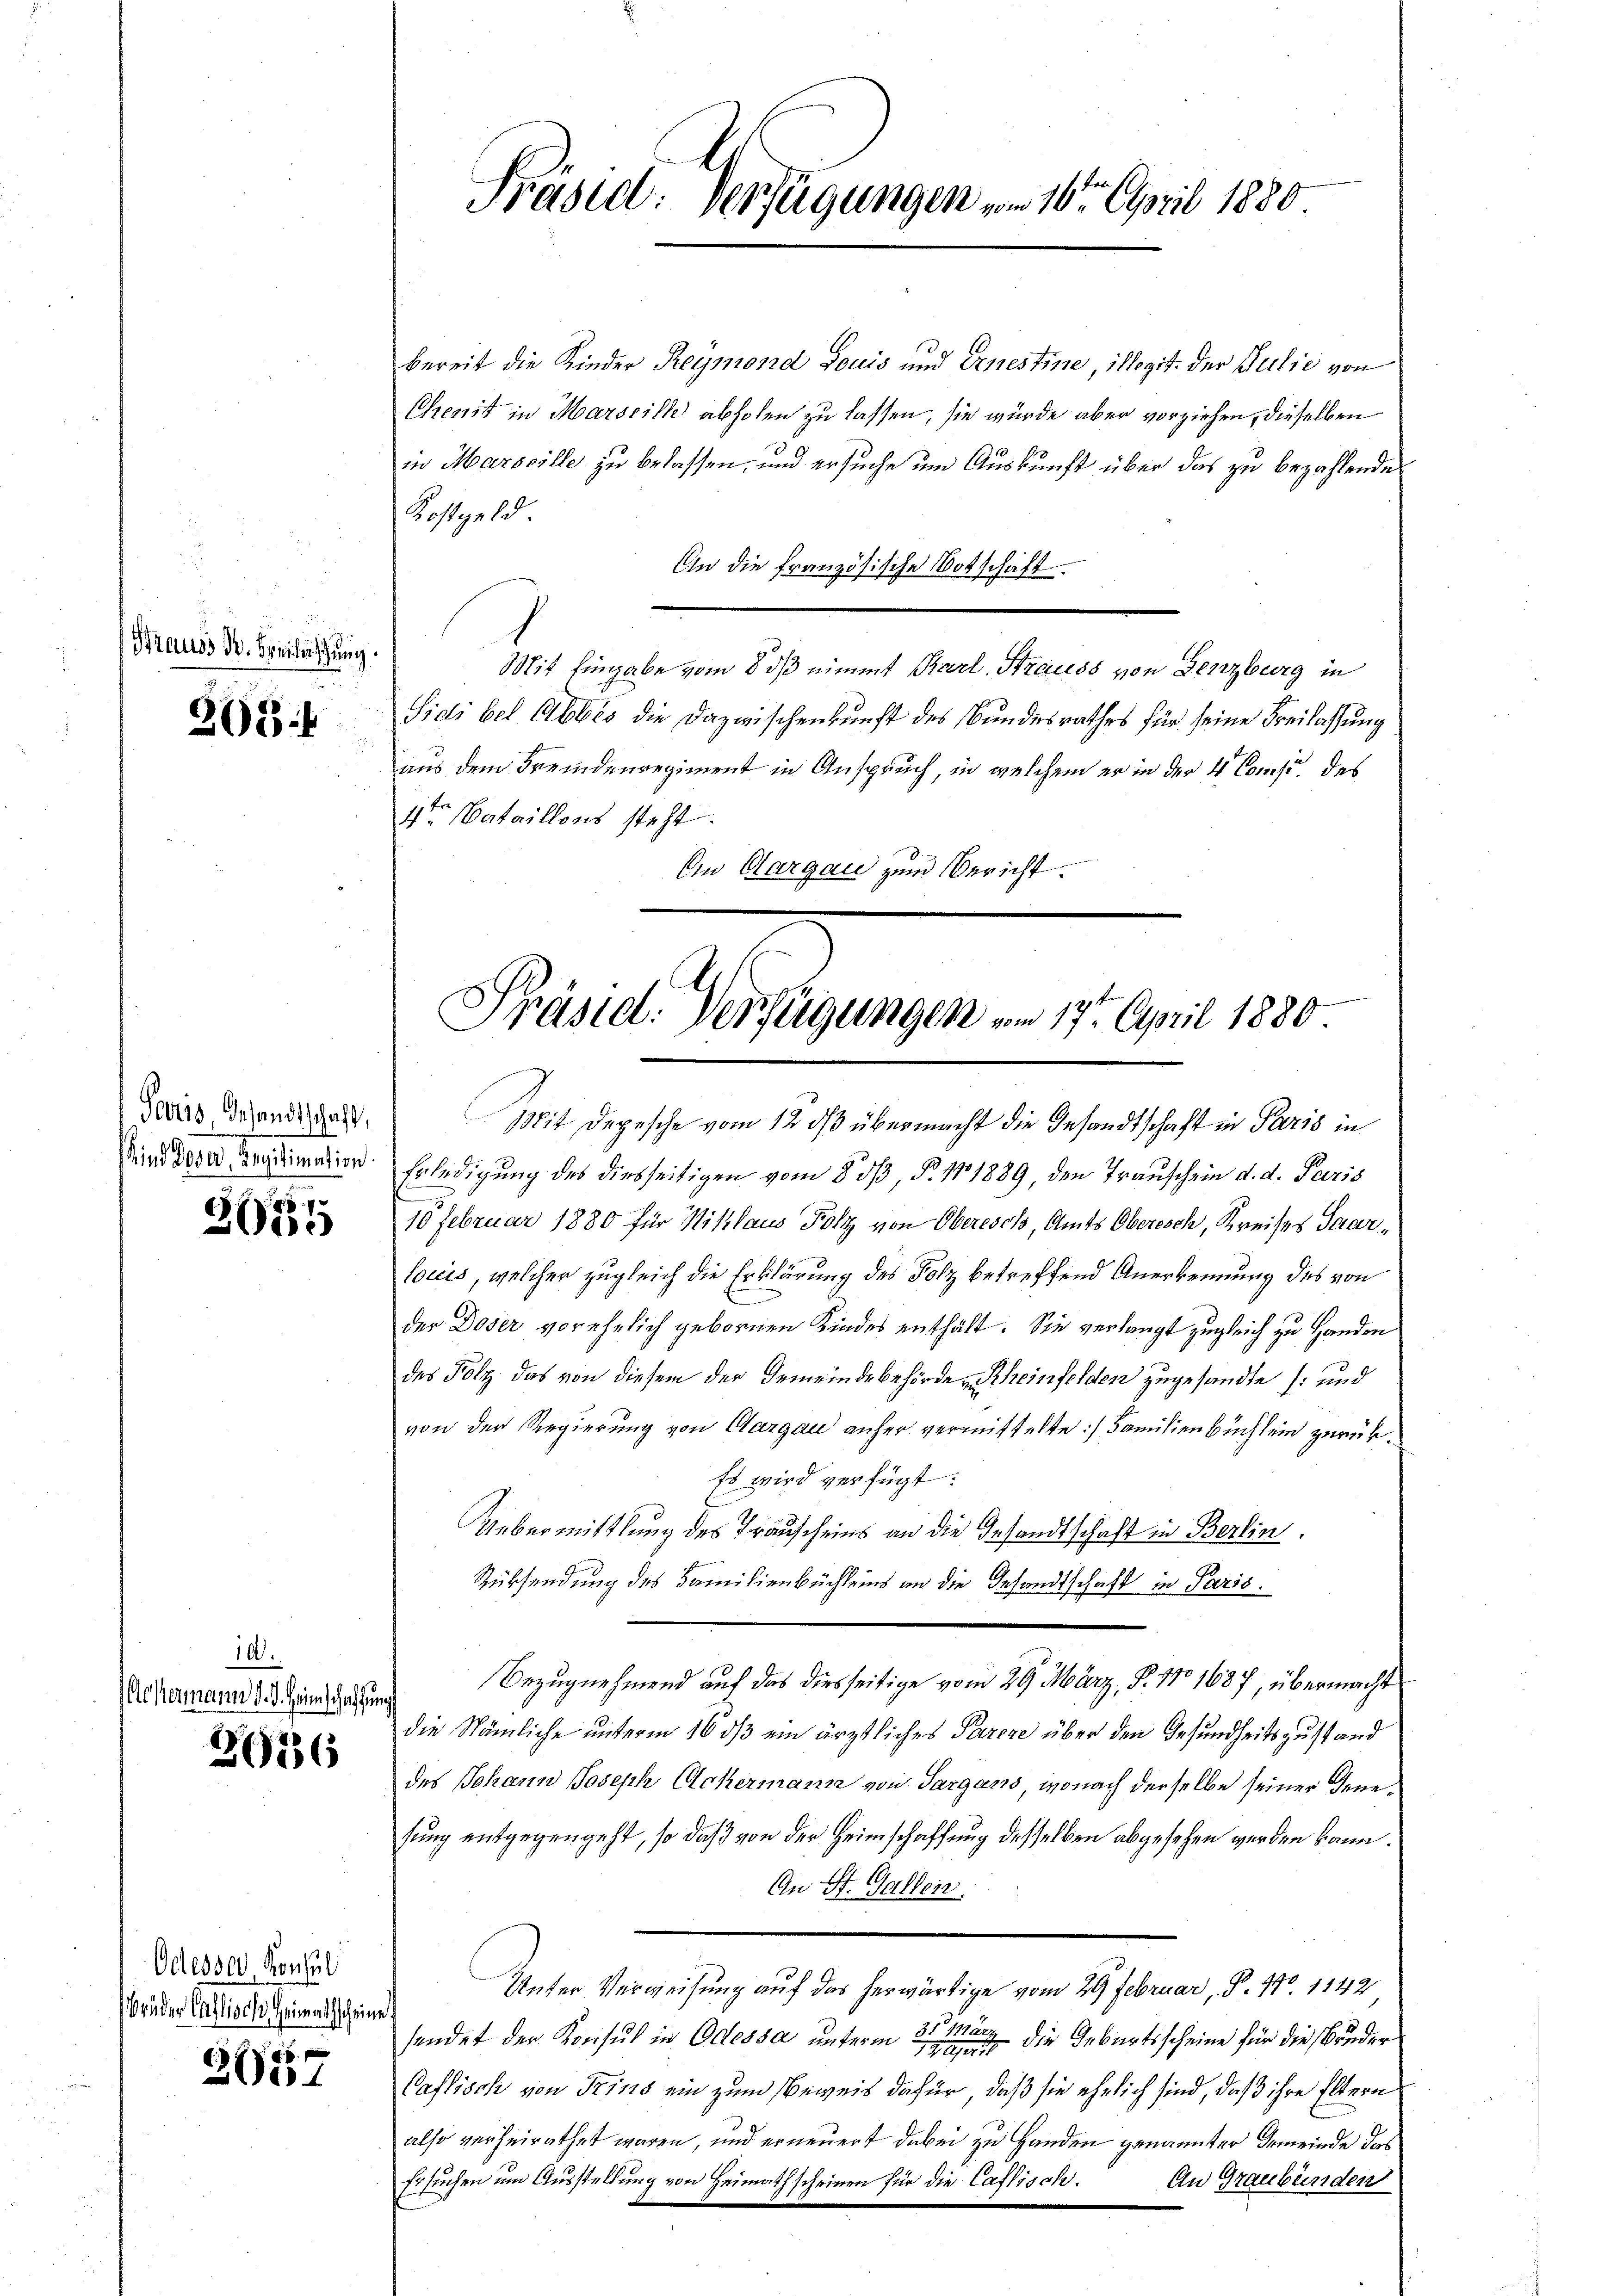
Krauss M. Breilastung

2084

nd Deser Teilemation.

2635

10.
chermann d. 3. Heinschaffung

2626

Odesser, Konsul
Brüder Cassisch, Heimathscheine

5
200

Präsid. Verfügungen vom 10. April 1880.

bereit die Kinder Reymond Louis und Ernestine, illegit. der Bulie von
Chenit in Marseille abholen zu lassen, sie würde aber vorziehen, dieselben
in Marseille zu belassen, und ersuche um Auskunft über das zu bezahlende
Kostgeld
An die französische Botschaft.
Mit Eingabe vom 8. ds nimmt Karl. Strauss von Lenzburg in
n
Sidi bei Abbes die Dazwischenkunft des Bundesrathes für seine Freilassung
aus dem Fremdenregiment in Anspruch, in welchem er in der 4 Comp. des
4r Bataillons steht.
Ein Aargau zum Bericht.

Präsid. Verfügungen vom 17ten April 1880

Deves Gesandt hat. Mit Depesche vom 12 ds übermacht die Gesandtschaft in Paris in
Erledigung des diesseitigen vom 853, § 11 1889, den Trauschein d. d. Paris
10 Februar 1880 für Niklaus Poliz von Oberesch, Amts Oberisch, Kreises Saarlociis, welcher zugleich die Erklärung des Folz betreffend Anerkennung des von
der Doser vorehelich gebornen Kindes enthält. Sie verlangt zugleich zu Handen
des Polz, das von diesem der Gemeindebehörde Rheinfelden zugesandte und
von der Regierung von Aargau anher vermittelte Familien buch sein zurück¬
Es wird verfügt:
Uebermittlung des Trauscheins an die Gesandtschaft in Berlin.
Rücksendung des Familienbüchleins an die Gesandtschaft in Paris.
Bezugnehmend auf das diesseitige vom 29. März, P. 110 1687, übermacht
die Nämliche unterm 16 ds ein ärztliches Parere über den Gesundheitszustand
des Johann Joseph Ackermann von Sargans, wonach derselbe seiner dene
sung entgegengeht, so daß von der Heimschaffung desselben abgesehen werden kann.
An St. Gallen.
Unter Verweisung auf das herwärtige vom 29. Februar, P. 170. 1142
sendet der Konsul in Odessa unterm 25 März die Geburtsscheine für die Bruder
1201257
Caflisch von Trins ein zum Beweis dafür, daß sie ehelich sind, daß ihre Eltern
also verheirathet waren, und erneuert dabei zu Handen genannter Gemeinde das
Ersuchen um Ausstellung von Heimathscheinen für die Caflisch. An Graubünden